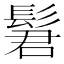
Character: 𫘿